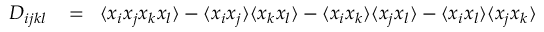
\begin{array} { r l r } { D _ { i j k l } } & { { } \! = \! } & { \langle x _ { i } x _ { j } x _ { k } x _ { l } \rangle - \langle x _ { i } x _ { j } \rangle \langle x _ { k } x _ { l } \rangle - \langle x _ { i } x _ { k } \rangle \langle x _ { j } x _ { l } \rangle - \langle x _ { i } x _ { l } \rangle \langle x _ { j } x _ { k } \rangle } \end{array}